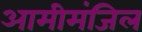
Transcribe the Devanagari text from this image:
आमीमंजिल